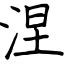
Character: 涅